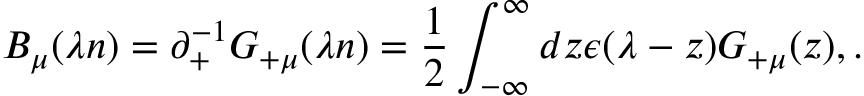
B _ { \mu } ( \lambda n ) = \partial _ { + } ^ { - 1 } G _ { + \mu } ( \lambda n ) = \frac { 1 } { 2 } \int _ { - \infty } ^ { \infty } d z \epsilon ( \lambda - z ) G _ { + \mu } ( z ) , .